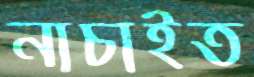
নাচাইত